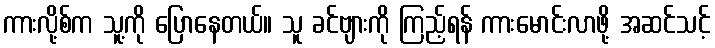
ကားလို့စ်က သူ့ကို ပြောနေတယ်။ သူ ခင်ဗျားကို ကြည့်ရန် ကားမောင်းလာဖို့ အဆင်သင့်